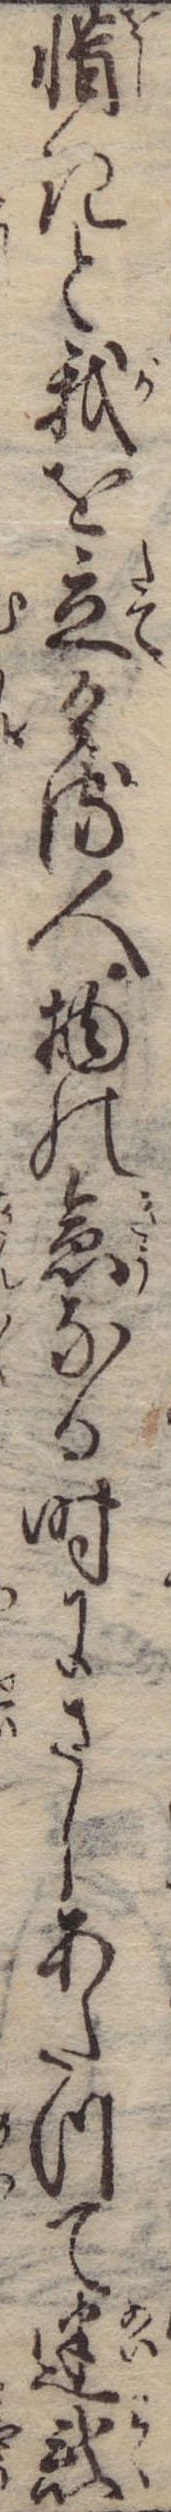
惜きと我を立ける人物の急なる時にさしあたつて迷惑